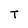
Character: T